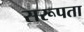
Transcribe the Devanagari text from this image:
सरूपता